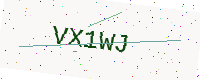
Text: VX1WJ